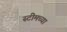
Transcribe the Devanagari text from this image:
स्टीमच्या